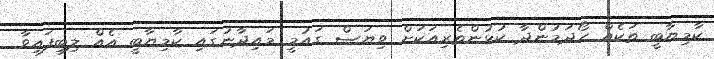
ކާމިޔާބީ ތަކެއް ހޯދަމުންދާ ކުޅުންތެރިއަކަށް ވިޔަސް ގައުމީ މައިދާނުގައި ކާމިޔާބީ އެއް ލިބިފައިވާ